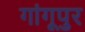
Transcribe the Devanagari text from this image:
गांगूपुर